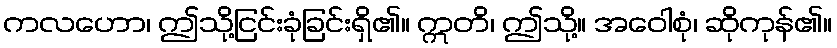
ကလဟော၊ ဤသို့ငြင်းခုံခြင်းရှိ၏။ ဣတိ၊ ဤသို့။ အဝေါစုံ၊ ဆိုကုန်၏။